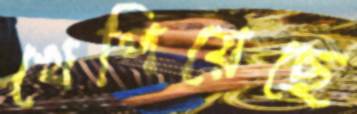
খেপিয়েছে